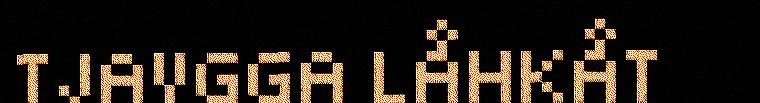
TJAVGGA LÅHKÅT